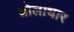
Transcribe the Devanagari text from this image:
धोलाधार